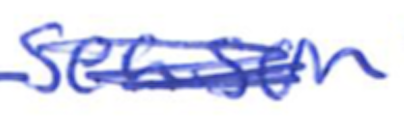
Text: season
Cross-out: scratch
Writing tool: ballpoint